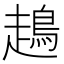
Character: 𧽪